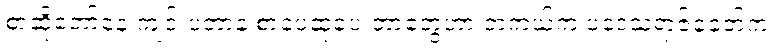
စာဆိုတော်နေ့ ကျင်းပတာနဲ့ စာပေဆုပေးတာတွေဟာ တကယ်က ပဒေသရာဇ်ခေတ်က